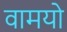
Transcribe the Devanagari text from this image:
वामयो